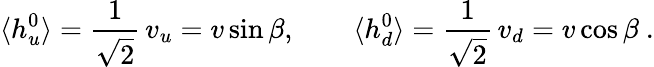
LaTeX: \langle h_{u}^{0}\rangle=\frac{1}{\sqrt{2}}\, v_{u}=v\sin\beta,\qquad\langle h_{d}^{0}\rangle=\frac{1}{\sqrt{2}}\, v_{d}=v\cos\beta\ .